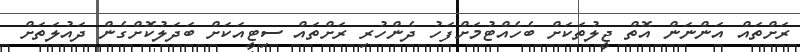
ރަށްތައް އަންނަން އޮތް ޖީލުތަކަށް ބެހެއްޓުމަށްފަހު ދެންހުރި ރަށްތައް ސިޓީއަކަށް ބަދަލުކޮށްގެން ދައުލަތަށް